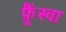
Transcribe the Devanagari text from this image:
फ़्रैंस्वा